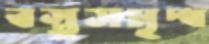
বস্তুসমৃদ্ধ